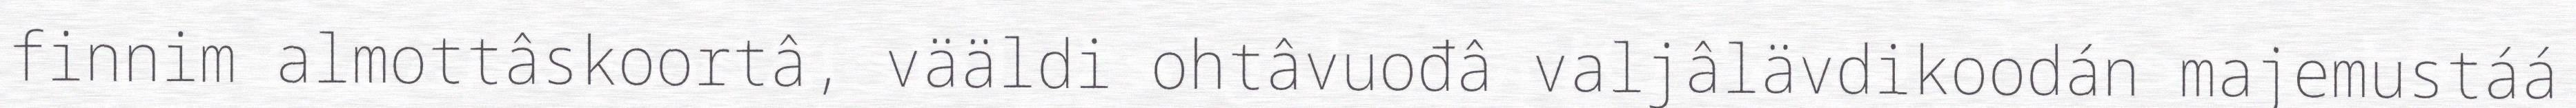
finnim almottâskoortâ, vääldi ohtâvuođâ valjâlävdikoodán majemustáá